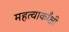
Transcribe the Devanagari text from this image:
महत्वाकाँक्षी